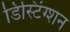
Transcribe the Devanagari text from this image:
डिस्टिंग्शन